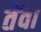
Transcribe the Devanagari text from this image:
तेंवा